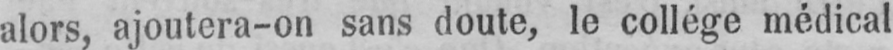
alors, ajoutera-on sans doute, le collége médical